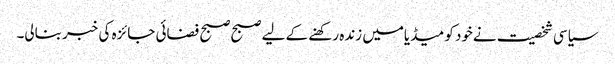
سیاسی شخصیت نےخود کو میڈیامیں زنده رکھنے کے لیے صبح صبح فضائی جائزه کی خبر بنالی۔